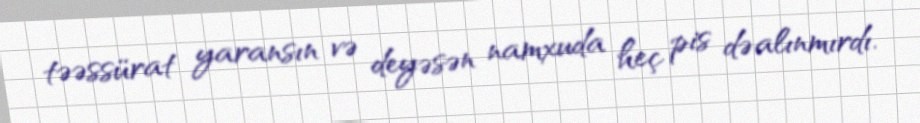
təəssürat yaransın və deyəsən namxuda heç pis də alınmırdı.